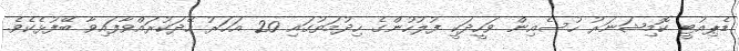
ޑެޕިއުޓީ ކޮމިޝަނަރު ހުސެއިން ވަހީދަކީ ފުލުހުންގެ ހިދުމަތުގައި 20 އަހަރު ހޭދަކުރައްވާފައިވާ ބޭފުޅެކެވެ.